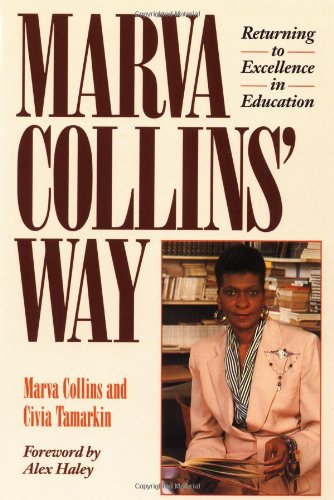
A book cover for Marva Collins' Way; Marva Collins; Parenting & Relationships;